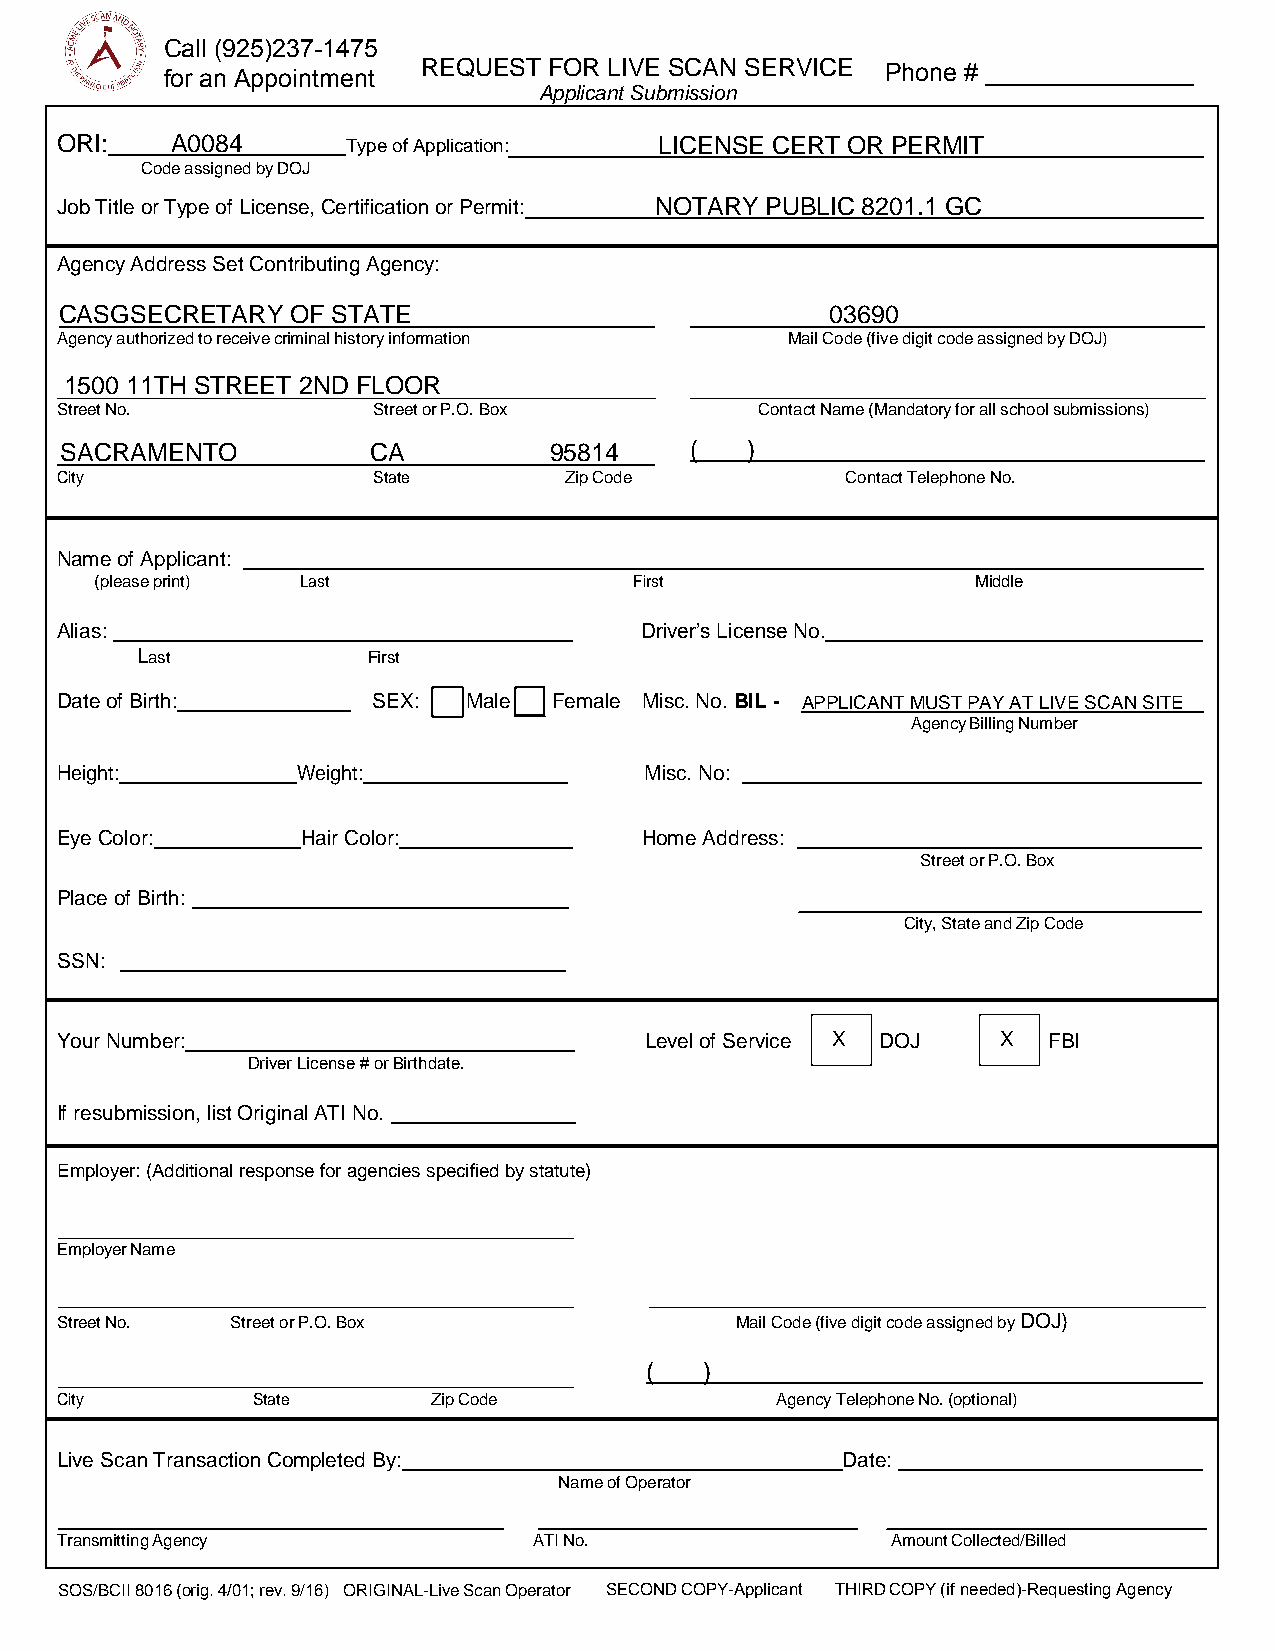
Call (925)237-1475
 REQUEST FOR LIVE SCAN SERVICE
 for an Appointment                              Phone # _______________
 Applicant Submission
 ORI:   A0084       Type of Application: LICENSE CERT OR PERMIT
 Code assigned by DOJ
 Job Title or Type of License, Certification or Permit: NOTARY PUBLIC 8201.1 GC
 Agency Address Set Contributing Agency:
 CASGSECRETARY  OF STATE                            03690
 Agency authorized to receive criminal history information Mail Code (five digit code assigned by DOJ)
 1500 11TH STREET 2ND FLOOR
 Street No.           Street or P.O. Box       Contact Name (Mandatory for all school submissions)
 SACRAMENTO          CA          95814     (  )
 City                 State       Zip Code           Contact Telephone No.
 Name of Applicant:
 (please print) Last                 First                  Middle
 Alias:                                Driver’s License No.
 Last           First
 Date of Birth:       SEX:  Male  Female Misc. No. BIL - APPLICANT MUST PAY AT LIVE SCAN SITE
 Agency Billing Number
 Height:         Weight:                Misc. No:
 Eye Color:      Hair Color:            Home Address:
 Street or P.O. Box
 Place of Birth:
 City, State and Zip Code
 SSN:
 Your Number:                           Level of Service X DOJ X  FBI
 Driver License # or Birthdate.
 If resubmission, list Original ATI No.
 Employer: (Additional response for agencies specified by statute)
 Employer Name
 Street No. Street or P.O. Box                Mail Code (five digit code assigned by DOJ)
 (   )
 City         State       Zip Code              Agency Telephone No. (optional)
 Live Scan Transaction Completed By:                 Date:
 Name of Operator
 Transmitting Agency            ATI No.                 Amount Collected/Billed
 SOS/BCII 8016 (orig. 4/01; rev. 9/16) ORIGINAL-Live Scan Operator SECOND COPY-Applicant THIRD COPY (if needed)-Requesting Agency